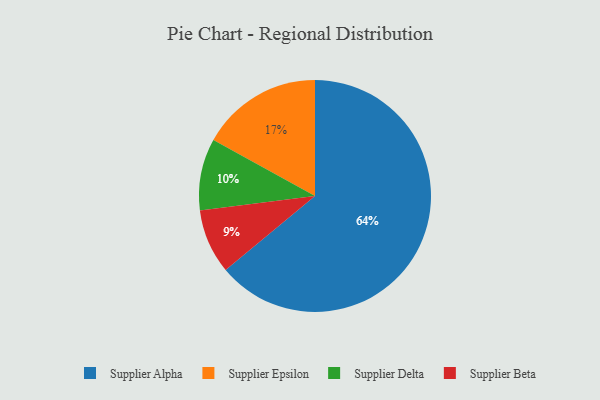
{"axis": {"x": "Category", "y": "Percentage"}, "legend": ["Supplier Alpha", "Supplier Beta", "Supplier Delta", "Supplier Epsilon"], "data": [{"x": "Supplier Alpha", "y": 64, "type": "Supplier Alpha"}, {"x": "Supplier Beta", "y": 9, "type": "Supplier Beta"}, {"x": "Supplier Delta", "y": 10, "type": "Supplier Delta"}, {"x": "Supplier Epsilon", "y": 17, "type": "Supplier Epsilon"}]}